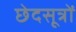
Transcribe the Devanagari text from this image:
छेदसूत्रों